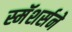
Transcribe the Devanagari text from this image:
स्मॅशर्सने